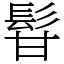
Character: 𩬚